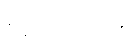
စစ်ဘက်သုံး